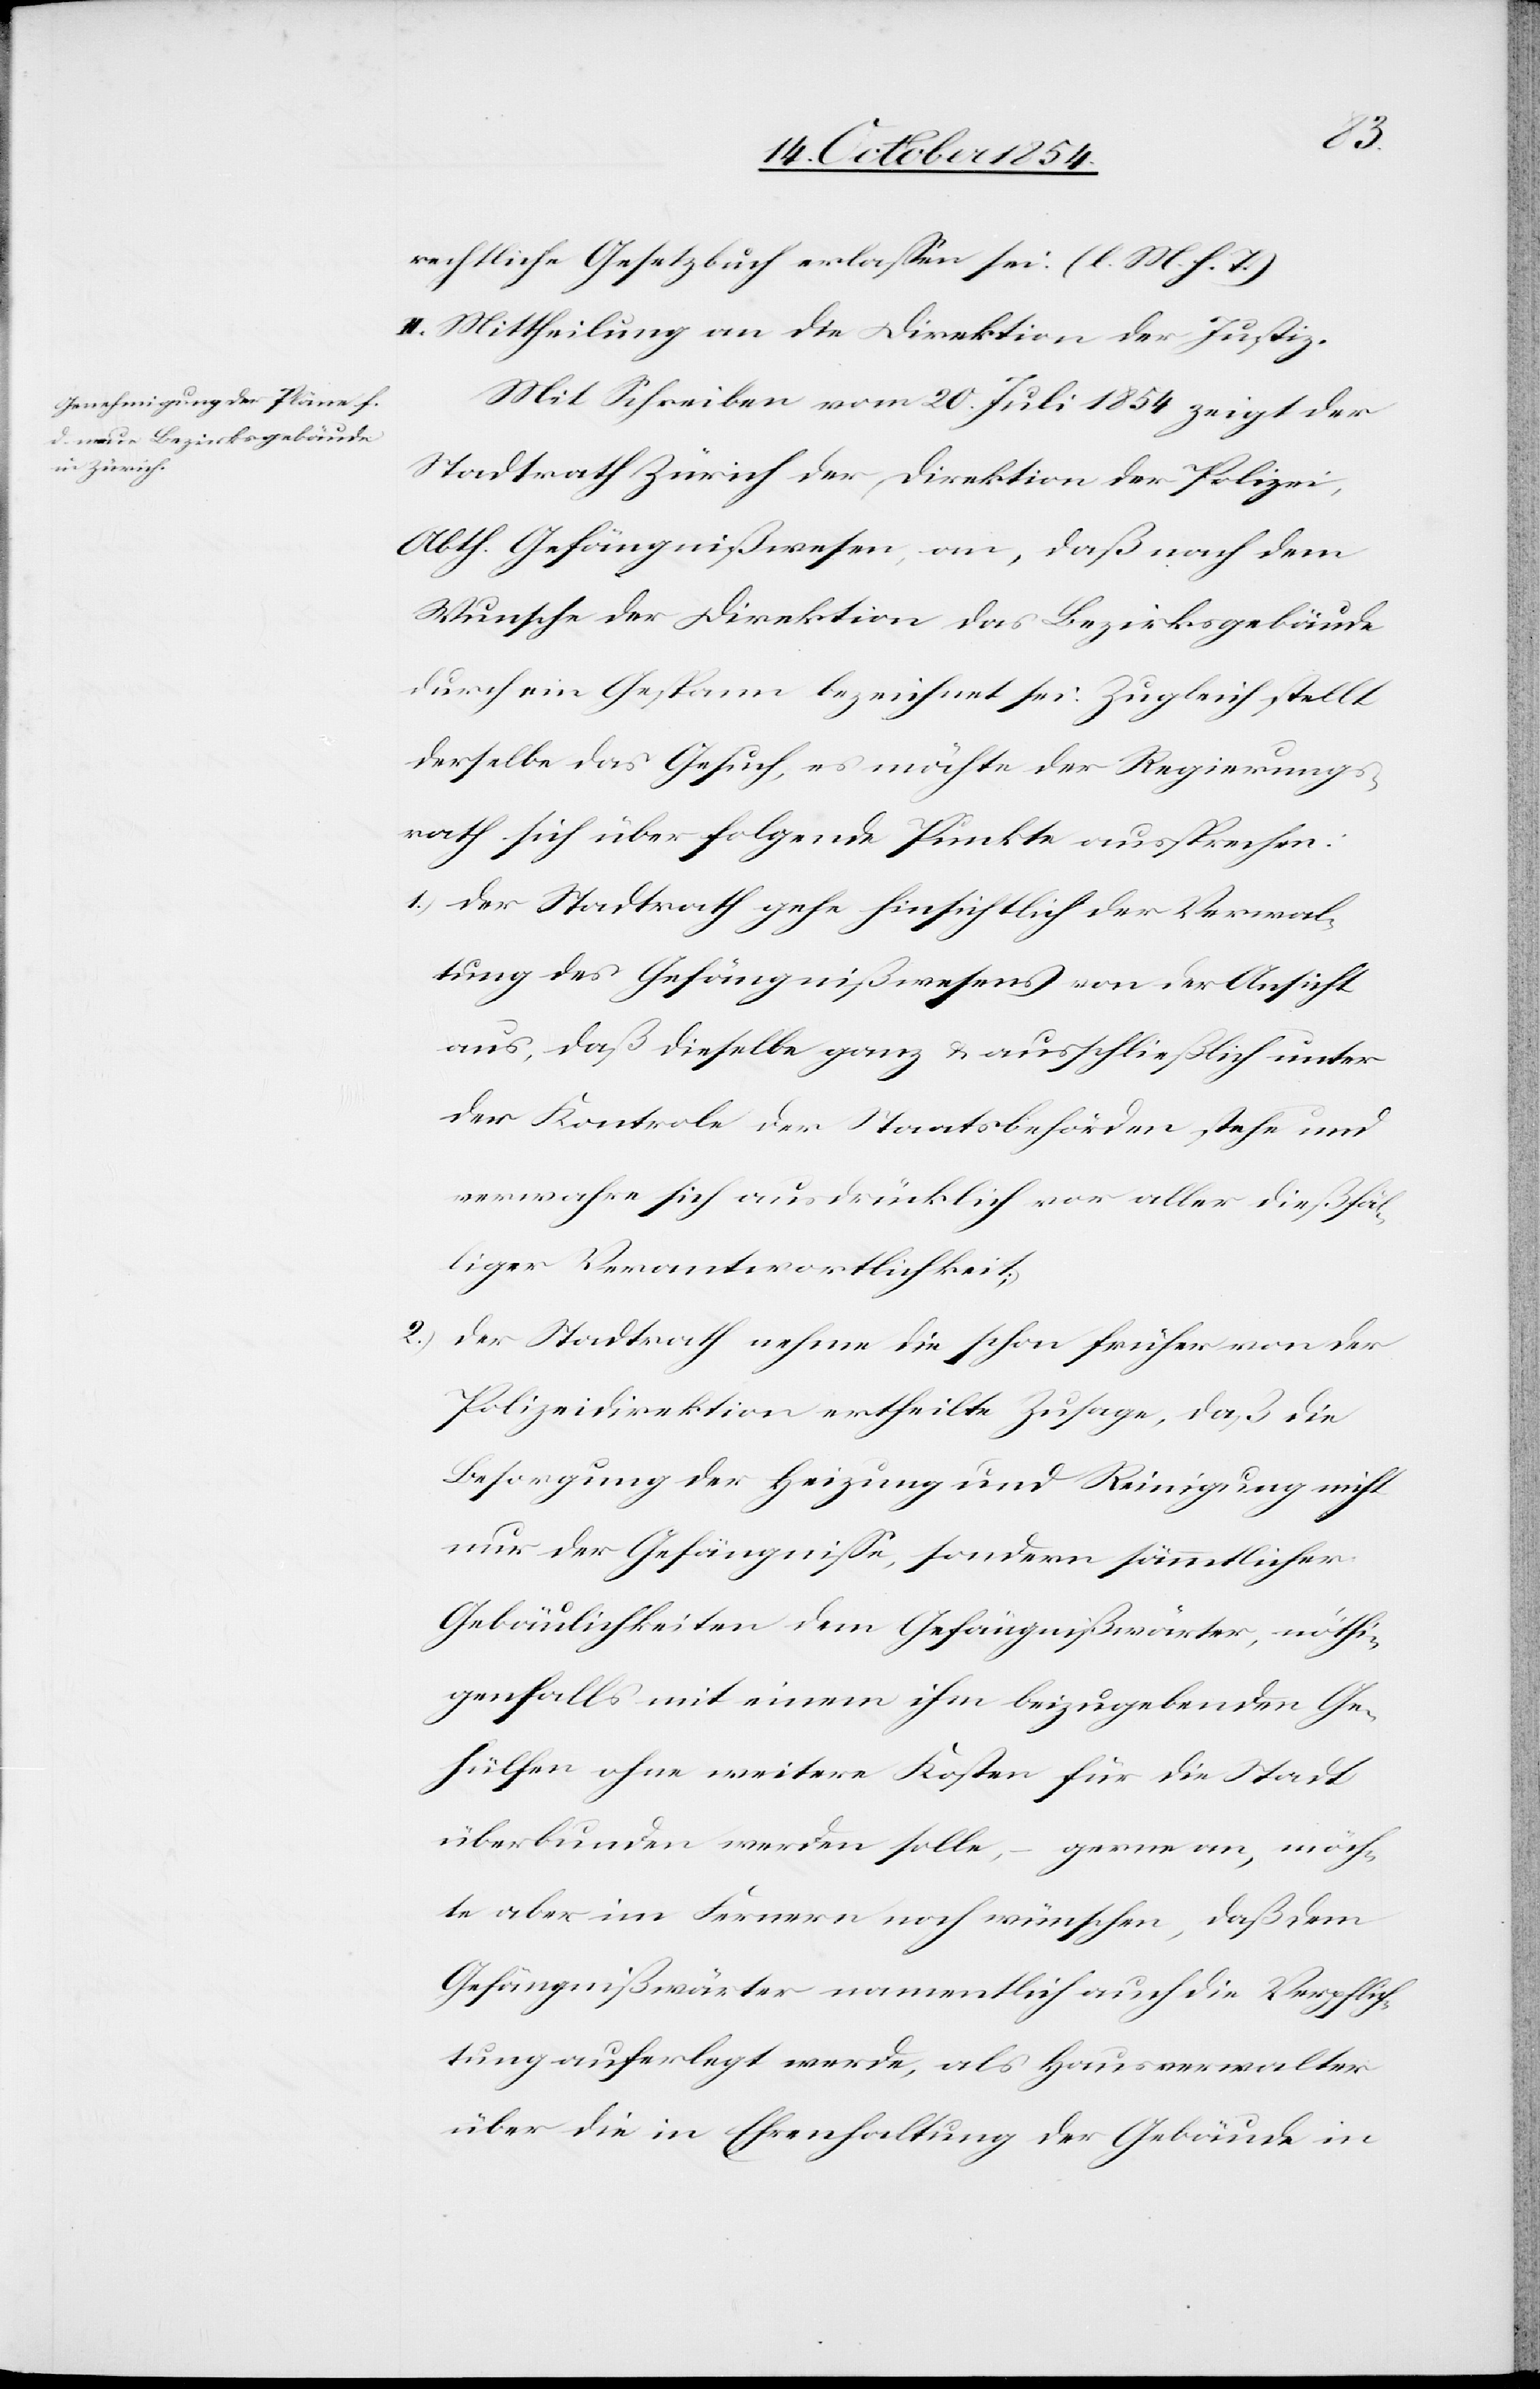
rechtliche Gesetzbuch erlaßen sei. (l. M. h. T.)
II. Mittheilung an die Direktion der Justiz.
Mit Schreiben vom 20. Juli 1854 zeigt der
Stadtrath Zürich der Direktion der Polizei,
Abth. Gefängnißwesen, an, das nach dem
Wunsche der Direktion das Bezirksgebäude
durch ein Gespann bezeichnet sei. Zugleich stellt
derselbe das Gesuch, es möchte der Regierungs¬
rath sich über folgende Punkte aussprechen:
1.) der Stadtrath gehe hinsichtlich der Verwal¬
tung des Gefängnißwesens von der Ansicht
aus, daß dieselbe ganz u. ausschließlich unter
der Kontrole der Staatsbehörden stehe und
verwahre sich ausdrücklich vor aller dießfäl¬
liger Verantwortlichkeit;
2.) der Stadtrath nehme die schon früher von der
Polizeidirektion ertheilte Zusage, daß die
Besorgung der Heizung und Reinigung nicht
nur der Gefängniße, sondern sämmtlicher
Gebäulichkeiten dem Gefängnißwärter, nöthi¬
genfalls mit einem ihm beizugebenden Ge¬
hülfen ohne weiter Kosten für die Stadt
überbunden werden solle, – gerne an, möch¬
te aber im Fernern noch wünschen, daß dem
Gefängnißwärter namentlich auch die Verpflich¬
tung auferlegt werde ,als Hausverwalter
über die in Ehrenhaltung der Gebäude in